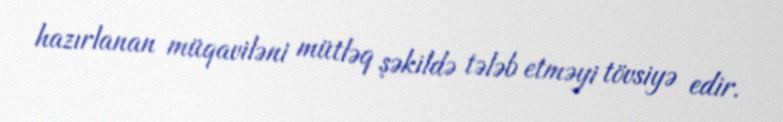
hazırlanan müqaviləni mütləq şəkildə tələb etməyi tövsiyə edir.